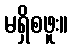
မရှိစဖူး။